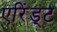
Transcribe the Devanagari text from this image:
एरिंड्ट